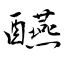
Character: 醼